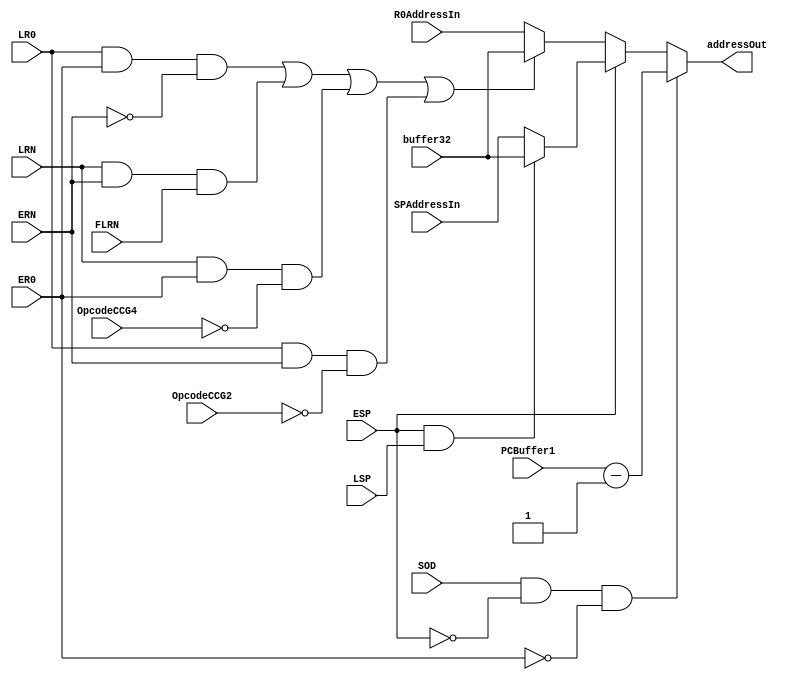
module AddressSelector1(
	input 			SOD,		// Select OD
	input			ESP,		// Enable SP for read
	input			ER0,		// Enable R0 for read
	input			ERN,		// Enable RN for read
	input			FLRN,		// from Register Flags (flagout2) : from 4th stage?
	input			LR0,		// Load R0 bit from 4th stage
	input			LRN,		// Load RN bit from 4th stage
	input			LSP,		// Load SP bit from 4th stage
	input   [2:0]  		OpcodeCCG2,	// Last 3 bits of Opcode of current instruction in CCG2
	input   [2:0]  		OpcodeCCG4,	// Last 3 bits of Opcode of current instruction in CCG4
	input	[15:0]		PCBuffer1,	// PC of the instruction ? CHECK 
	input	[15:0]		SPAddressIn,	// input address to  AS-mux from SP
	input	[15:0]		R0AddressIn,	// input address to AS-mux from R0
	input	[15:0]		buffer32,	// operand forward from ALU out buffer
	output	[15:0]		addressOut	// address in memory to be accessed(output of AS-mux)
);

wire [15:0]	mux1Result;
wire [15:0]  mux2Result;
//wire  OFOF = ((LR0&&ER0) || (LRN&&ERN&&FLRN)|| (LR0 && ERN && FLRN)||(LRN && ER0 && FLRN));
wire OFOF = ((LR0&&ER0&&(~ERN))|| (LRN&&ERN&&FLRN)|| (LRN && ER0 && (OpcodeCCG4==3'b000)/*FLRN*/)||(LR0 && ERN && (OpcodeCCG2==3'b000)));
assign mux1Result = (OFOF)?buffer32:R0AddressIn ;
assign mux2Result = (ESP && LSP)?buffer32:SPAddressIn;
assign addressOut = (SOD&&~ESP&&~ER0)?(PCBuffer1-1):((ESP)?mux2Result:mux1Result); // trying Er0 to accomadate [[r0]]

endmodule